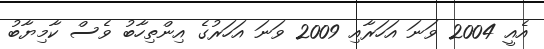
އެއީ 2004 ވަނަ އަހަރާއި 2009 ވަނަ އަހަރުގެ އިންތިހާބު ވެސް ކާމިޔާބު